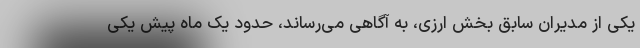
یکی از مدیران سابق بخش ارزی، به آگاهی می‌رساند، حدود یک ماه پیش یکی